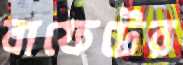
বাফেটের